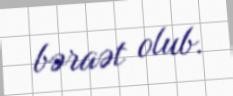
bəraət olub.